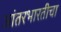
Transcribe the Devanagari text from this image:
आंतरभारतीचा